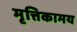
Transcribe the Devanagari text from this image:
मृत्तिकामय